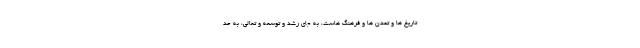
تاریخ ها و تمدن ها و فرهنگ هاست، به جای رشد و توسعه و تعالی، به حد